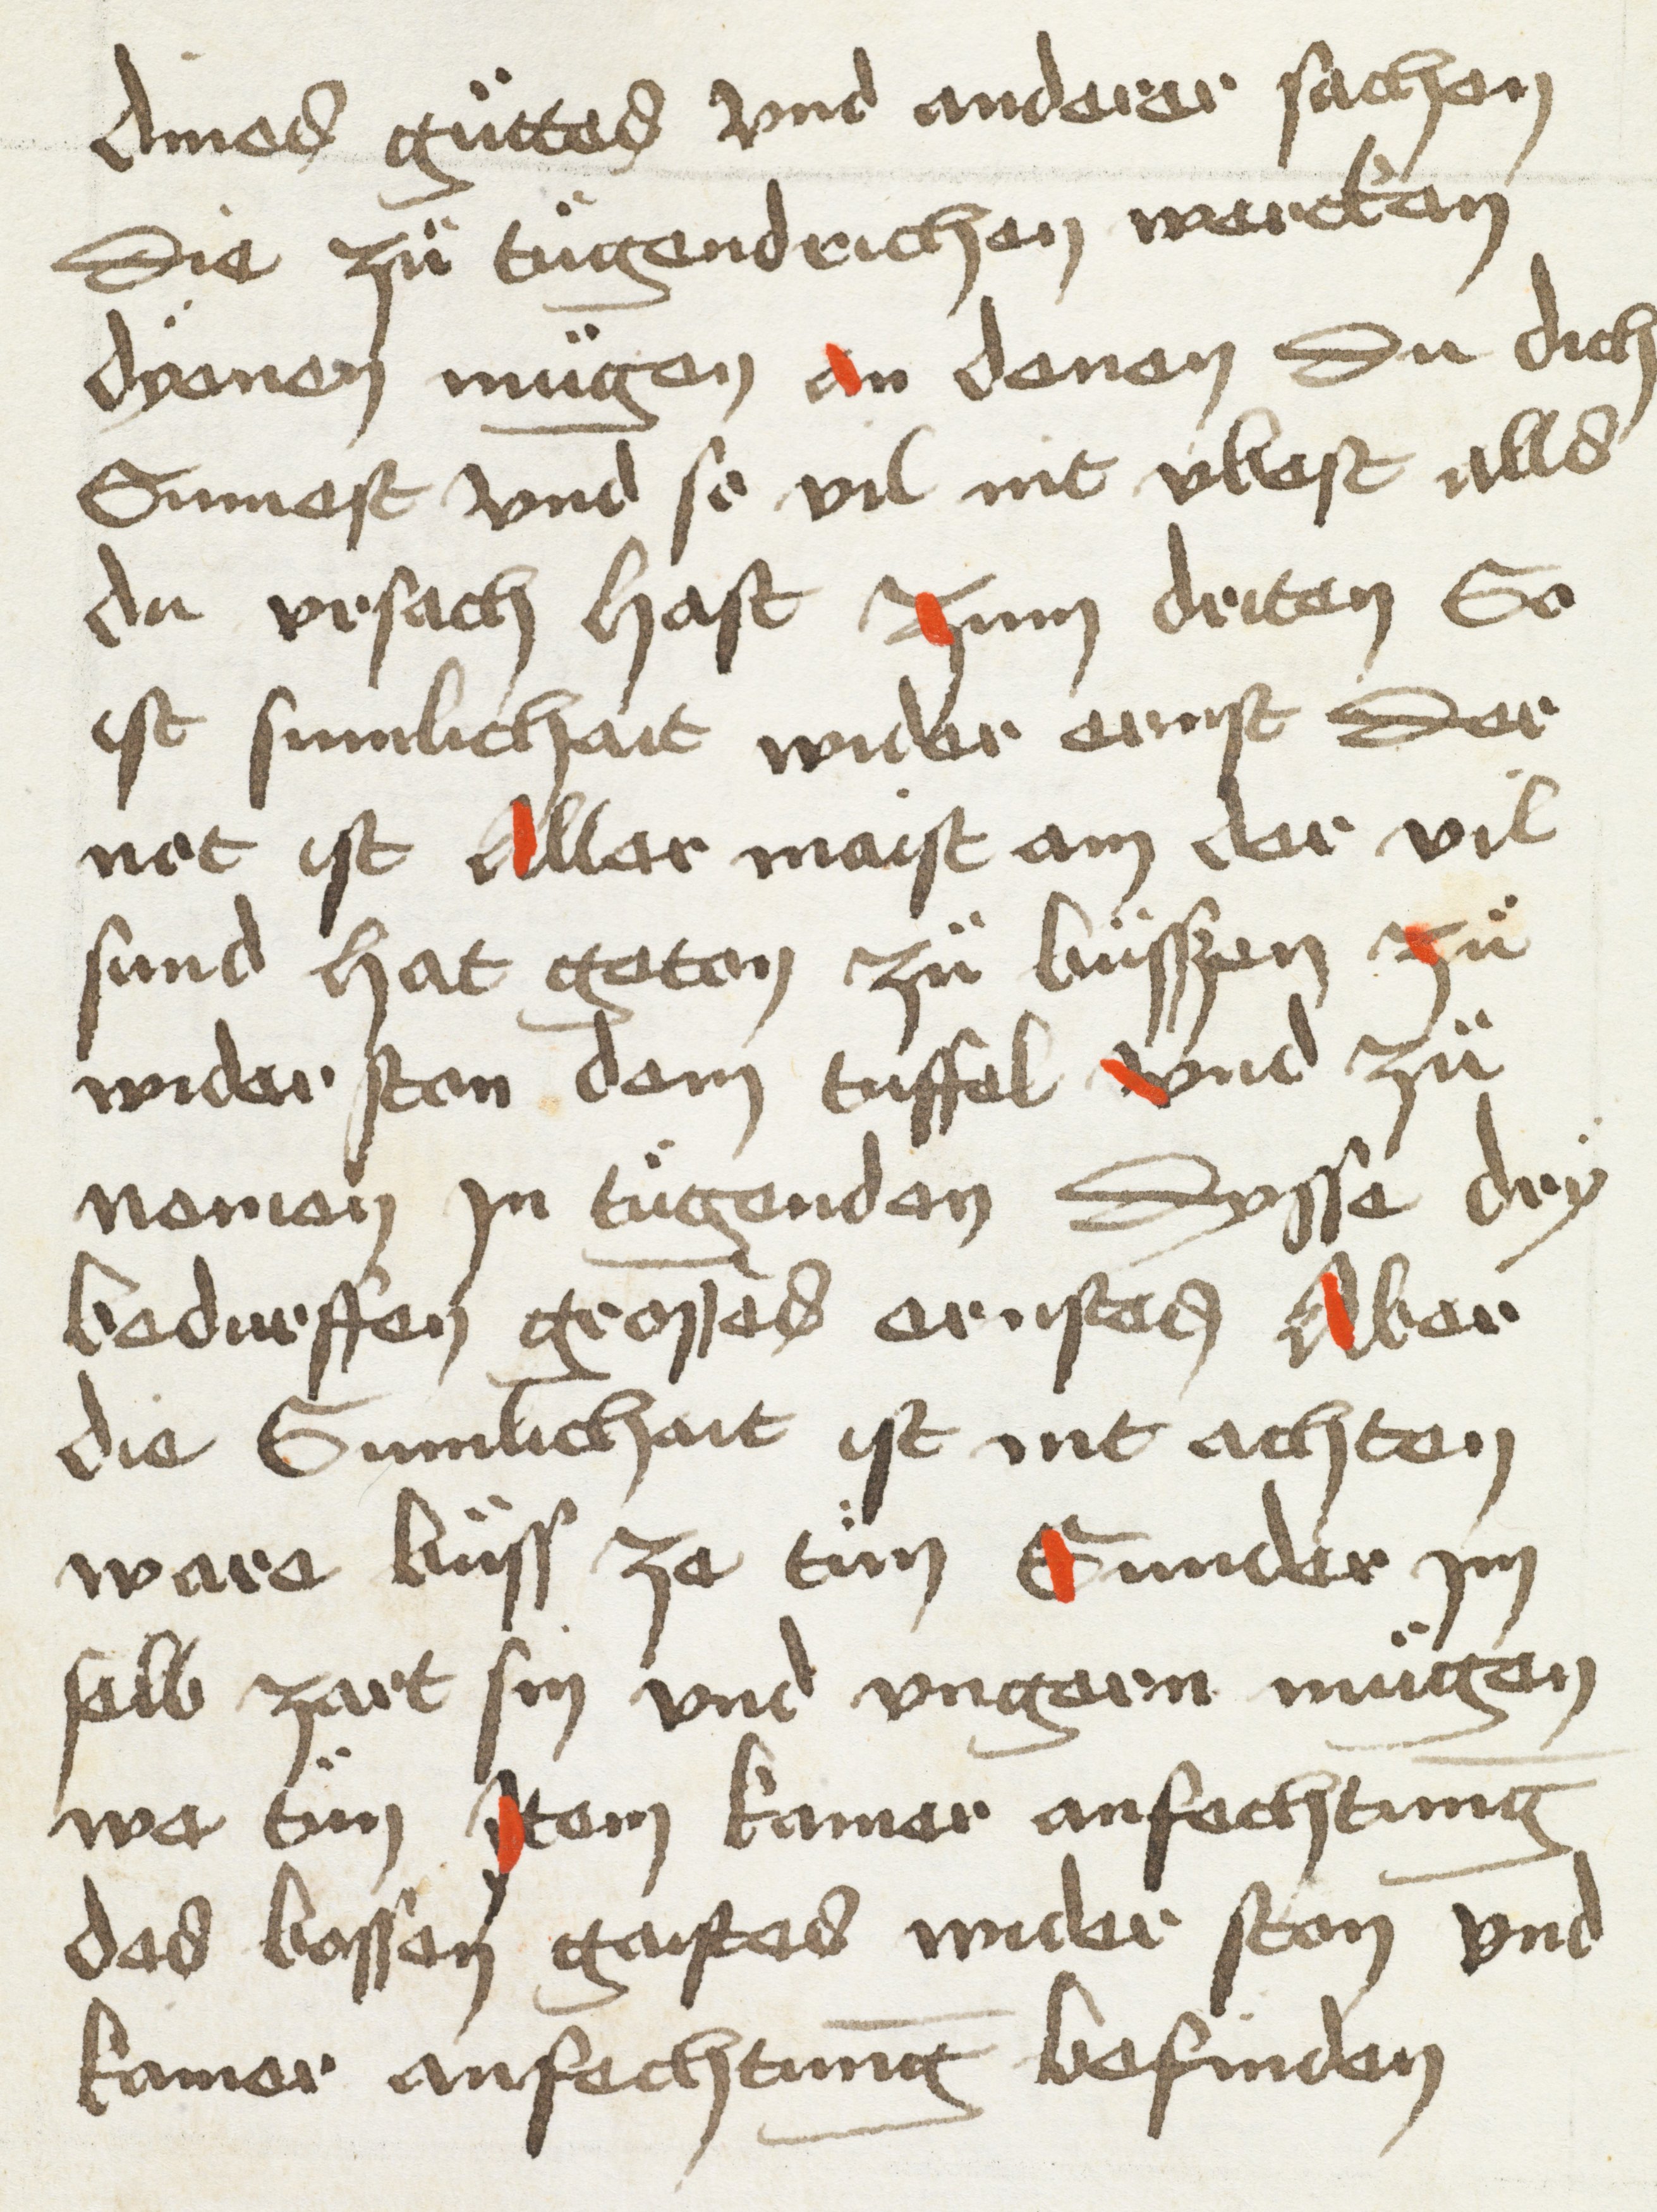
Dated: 1498–1498